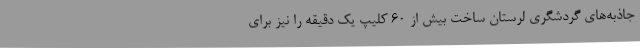
جاذبه‌های گردشگری لرستان ساخت بیش از 60 کلیپ یک دقیقه را نیز برای